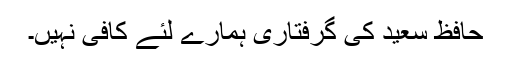
حافظ سعید کی گرفتاری ہمارے لئے کافی نہیں۔